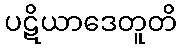
ပဋိယာဒေတူတိ